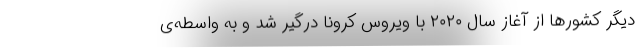
دیگر کشورها از آغاز سال ۲۰۲۰ با ویروس کرونا درگیر شد و به واسطه‌ی